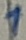
Text: 1